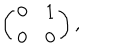
LaTeX: \left( \begin{array} { c c } { { 0 } } & { { 1 } } \\ { { 0 } } & { { 0 } } \\ \end{array} \right) ,